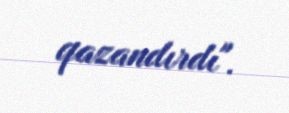
qazandırdı".